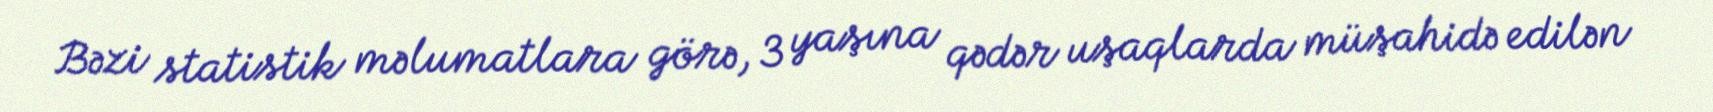
Bəzi statistik məlumatlara görə, 3 yaşına qədər uşaqlarda müşahidə edilən